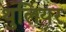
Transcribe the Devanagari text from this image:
थुलियर